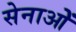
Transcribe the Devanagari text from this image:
सेनाओें